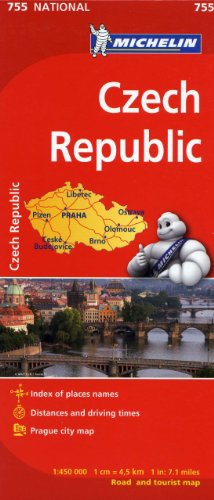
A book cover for Michelin Czech Republic Map 755 (Maps/Country (Michelin)); Michelin Travel & Lifestyle; Travel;